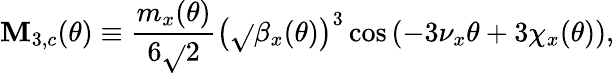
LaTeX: \mathbf{M}_{3,c}(\theta)\equiv\frac{{m_{x}(\theta)}}{{6\sqrt{}{2}}}\left(\sqrt{}{{\beta_{x}(\theta)}}\right)^{3}\cos{\left(-3\nu_{x}\theta+3\chi_{x}(\theta)\right)},